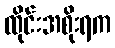
ထိုင်းအစိုးရက